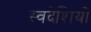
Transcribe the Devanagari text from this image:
स्वदेशियों